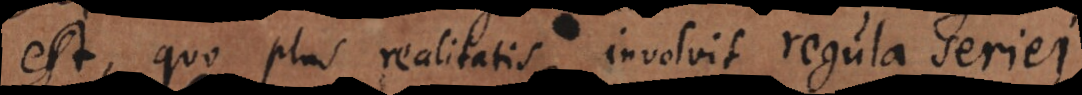
est, quo plus realitatis involvit regula seriei.